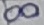
Text: 8